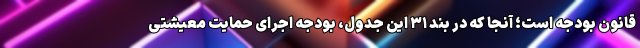
قانون بودجه است؛ آنجا که در بند ۳۱ این جدول، بودجه اجرای حمایت معیشتی